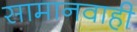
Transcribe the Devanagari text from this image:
सामानवाही